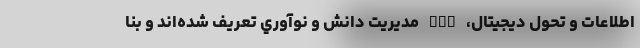
اطلاعات و تحول دیجیتال، DBA مديريت دانش و نوآوري تعریف شده‌اند و بنا